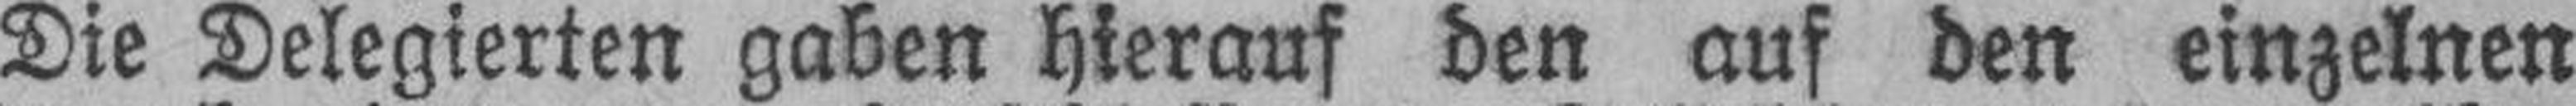
Die Delegierten gaben hierauf den auf den einzelnen